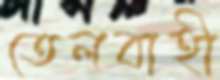
তেলবাহী